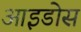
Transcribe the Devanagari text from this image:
आइडोस